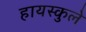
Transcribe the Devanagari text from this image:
हायस्कुले